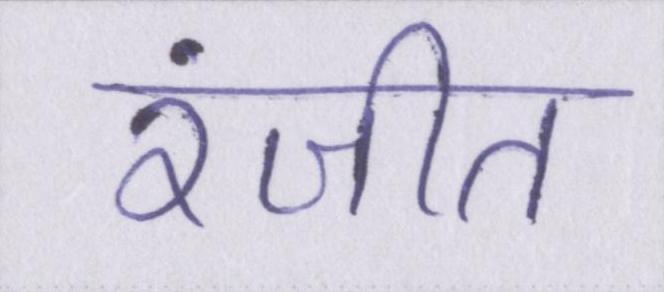
रंजीत